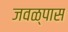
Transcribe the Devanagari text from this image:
जवळ्पास